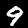
Digit: 9